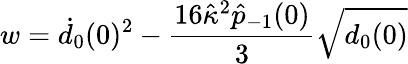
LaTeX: w=\dot{d}_{0}(0)^{2}-\frac{16\hat{\kappa}^{2}\hat{p}_{-1}(0)}{3}\sqrt{d_{0}(0)}